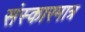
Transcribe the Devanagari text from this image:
संस्कारमात्र